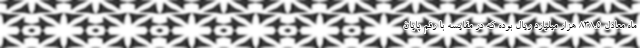
‌ماه معادل ۸۳۸.۵ هزار میلیارد ریال بوده که در مقایسه با رقم پایان